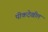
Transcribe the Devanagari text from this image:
पीकदेखील